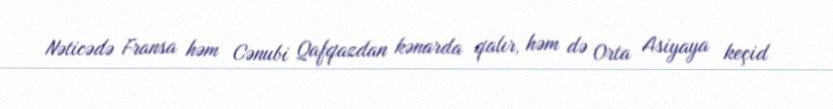
Nəticədə Fransa həm Cənubi Qafqazdan kənarda qalır, həm də Orta Asiyaya keçid